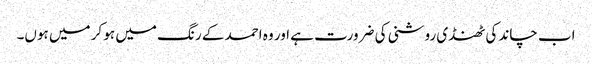
اب چاند کی ٹھنڈی روشنی کی ضرورت ہے اور وہ احمد کے رنگ میں ہو کر میں ہوں۔